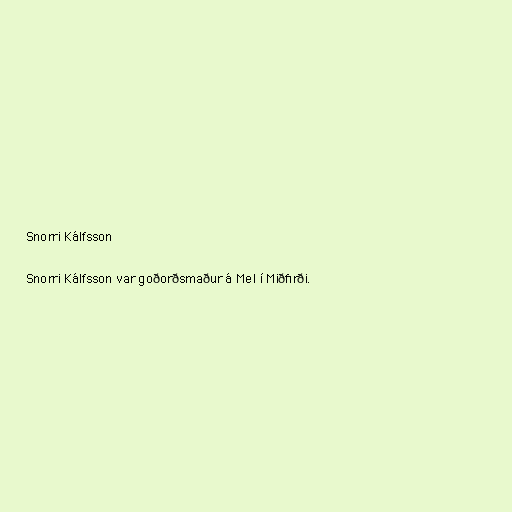
Snorri Kálfsson

Snorri Kálfsson var goðorðsmaður á Mel í Miðfirði.